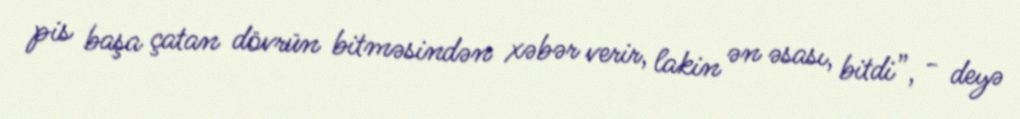
pis başa çatan dövrün bitməsindən xəbər verir, lakin ən əsası, bitdi”, - deyə